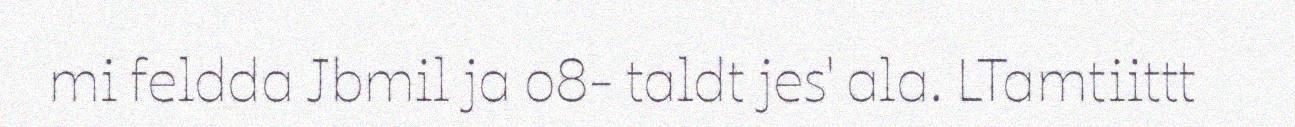
mi feldda Jbmil ja o8- taldt jes' ala. LTamtiittt